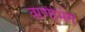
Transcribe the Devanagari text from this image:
वाणीभंग